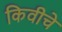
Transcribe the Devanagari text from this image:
किवीचे